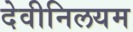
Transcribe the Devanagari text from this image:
देवीनिलयम